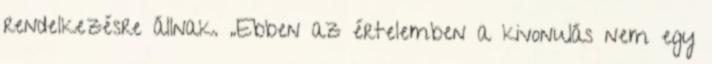
rendelkezésre állnak. „Ebben az értelemben a kivonulás nem egy